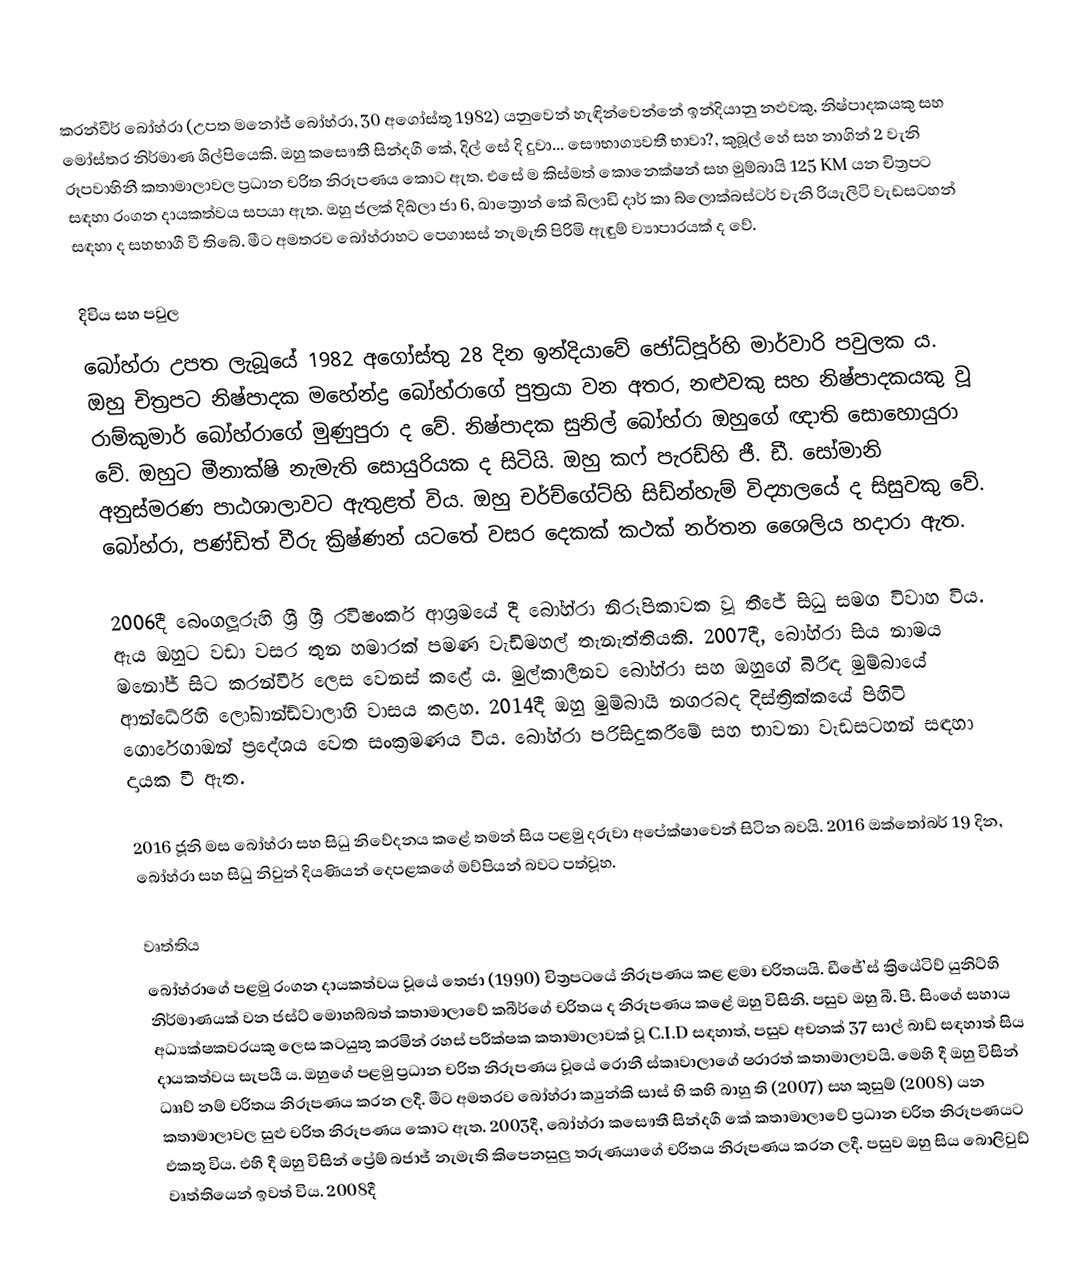
කරන්වීර් බෝහ්රා (උපත මනෝජ් බෝහ්රා, 30 අගෝස්තු 1982) යනුවෙන් හැඳින්වෙන්නේ ඉන්දියානු නළුවකු, නිෂ්පාදකයකු සහ මෝස්තර නිර්මාණ ශිල්පියෙකි. ඔහු කසෞතී සින්දගී කේ, දිල් සේ දි දුවා... සෞභාග්‍යවතී භාවා?, කුබූල් හේ  සහ නාගින් 2 වැනි රූපවාහිනී කතාමාලාවල ප්‍රධාන චරිත නිරූපණය කොට ඇත. එසේ ම කිස්මත් කොනෙක්ෂන් සහ මුම්බායි 125 KM යන චිත්‍රපට සඳහා රංගන දායකත්වය සපයා ඇත. ඔහු ජලක් දිඛ්ලා ජා 6, ඛාත්‍රොන් කේ ඛිලාඩි දාර් කා බ්ලොක්බස්ටර් වැනි රියැලිටි වැඩසටහන් සඳහා ද සහභාගී වී තිබේ. මීට අමතරව බෝහ්රාහට පෙගාසස් නැමැති පිරිමි ඇඳුම් ව්‍යාපාරයක් ද වේ.

දිවිය සහ පවුල
බෝහ්රා උපත ලැබූයේ 1982 අගෝස්තු 28 දින ඉන්දියාවේ ජෝධ්පූර්හි මාර්වාරි පවුලක ය. ඔහු චිත්‍රපට නිෂ්පාදක මහේන්ද්‍ර බෝහ්රාගේ පුත්‍රයා වන අතර, නළුවකු සහ නිෂ්පාදකයකු වූ රාම්කුමාර් බෝහ්රාගේ මුණුපුරා ද වේ. නිෂ්පාදක සුනිල් බෝහ්රා ඔහුගේ ඥාති සොහොයුරා වේ. ඔහුට මීනාක්ෂි නැමැති සොයුරියක ද සිටියි. ඔහු කෆ් පැරඩ්හි ජී. ඩී. සෝමානි අනුස්මරණ පාඨශාලාවට ඇතුළත් විය. ඔහු චර්ච්ගේට්හි සිඩ්න්හැම් විද්‍යාලයේ ද සිසුවකු වේ. බෝහ්රා, පණ්ඩිත් වීරු ක්‍රිෂ්ණන් යටතේ වසර දෙකක් කථක් නර්තන ශෛලිය හදාරා ඇත.

2006දී බෙංගලූරුහි ශ්‍රී ශ්‍රී රවිෂංකර් ආශ්‍රමයේ දී බෝහ්රා නිරූපිකාවක වූ තීජේ සිධු සමග විවාහ විය. ඇය ඔහුට වඩා වසර තුන හමාරක් පමණ වැඩිමහල් තැනැත්තියකි. 2007දී, බෝහ්රා සිය නාමය මනෝජ් සිට කරන්වීර් ලෙස වෙනස් කළේ ය. මුල්කාලීනව බෝහ්රා සහ ඔහුගේ බිරිඳ මුම්බායේ ආන්ධේරිහි ලෝඛාන්ඩ්වාලාහි වාසය කළහ. 2014දී ඔහු මුම්බායි නගරබද දිස්ත්‍රික්කයේ පිහිටි ගොරේගාඔන් ප්‍රදේශය වෙත සංක්‍රමණය විය. බෝහ්රා පරිසිදුකරීමේ සහ භාවනා වැඩසටහන් සඳහා දායක වී ඇත.

2016 ජූනි මස බෝහ්රා සහ සිධු නිවේදනය කළේ තමන් සිය පළමු දරුවා අපේක්ෂාවෙන් සිටින බවයි. 2016 ඔක්තෝබර් 19 දින, බෝහ්රා සහ සිධු නිවුන් දියණියන් දෙපළකගේ මව්පියන් බවට පත්වූහ.

වෘත්තිය
බෝහ්රාගේ පළමු රංගන දායකත්වය වූයේ තෙජා (1990) චිත්‍රපටයේ නිරූපණය කළ ළමා චරිතයයි. ඩීජේ’ස් ක්‍රියේටිව් යුනිට්හි නිර්මාණයක් වන ජස්ට් මොහබ්බත් කතාමාලාවේ කබීර්ගේ චරිතය ද නිරූපණය කළේ ඔහු විසිනි. පසුව ඔහු බී. පී. සිංගේ සහාය අධ්‍යක්ෂකවරයකු ලෙස කටයුතු කරමින් රහස් පරීක්ෂක කතාමාලාවක් වූ C.I.D සඳහාත්, පසුව අචනක් 37 සාල් බාඩ් සඳහාත් සිය දායකත්වය සැපයී ය. ඔහුගේ පළමු ප්‍රධාන චරිත නිරූපණය වූයේ රොනී ස්කෘවාලා‍‍ගේ ෂරාරත් කතාමාලාවයි. මෙහි දී ඔහු විසින් ධෲව් නම් චරිතය නිරූපණය කරන ලදී. මීට අමතරව බෝහ්රා ක්‍යුන්කි සාස් භි කභි බාහු ති (2007) සහ කුසුම් (2008) යන කතාමාලාවල සුළු චරිත නිරූපණය කොට ඇත. 2003දී, බෝහ්රා ‍කසෞතී සින්දගී කේ කතාමාලාවේ ප්‍රධාන චරිත නිරූපණයට එකතු විය. එහි දී ඔහු විසින් ප්‍රේම් බජාජ් නැමැති කිපෙනසුලු තරුණයාගේ චරිතය නිරූපණය කරන ලදී. පසුව ඔහු සිය බොලිවුඩ් වෘත්තියෙන් ඉවත් විය. 2008දී